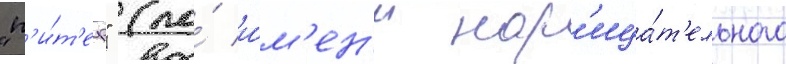
"п'и́т'ер" (по́ и́м'ен'и нар'ица́т'ельного